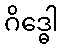
ဂိဒ္ဓေါ